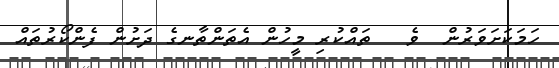
ހަމަކަށަވަރުން  ވެ   ތައްކުރި މީހުން އެތަންތާނގެ ދަށުން ފެންކޯރުތައް